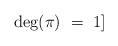
LaTeX: \begin{align*}\deg(\pi) \ = \ 1 ]\end{align*}